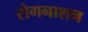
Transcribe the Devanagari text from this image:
रोगनाशन